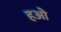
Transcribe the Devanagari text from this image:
हओ